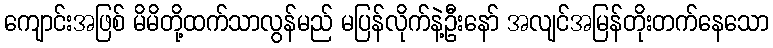
ကျောင်းအဖြစ် မိမိတို့ထက်သာလွန်မည် မပြန်လိုက်နဲ့ဦးနော် အလျင်အမြန်တိုးတက်နေသော